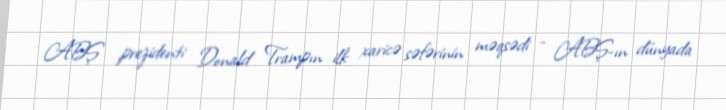
ABŞ prezidenti Donald Trampın ilk xaricə səfərinin məqsədi - ABŞ-ın dünyada